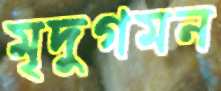
মৃদুগমন